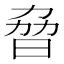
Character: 𣆕